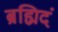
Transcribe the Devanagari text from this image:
ब्रह्मिदं